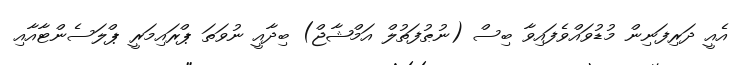
އެއީ ދަރިފަނިން މުޑުވައްވެފައިވާ ބިސް (ނުޠުފަތުލް އަމްޝާޖް) ބިދާއީ ނުވަތަ ޕްރައިމަރީ ޕްލަސެންޓާއާއި